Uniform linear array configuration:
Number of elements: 64
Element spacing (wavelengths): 0.5
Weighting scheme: hamming
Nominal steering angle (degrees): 45
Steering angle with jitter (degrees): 44.661
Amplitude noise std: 0.05
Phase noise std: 0.05

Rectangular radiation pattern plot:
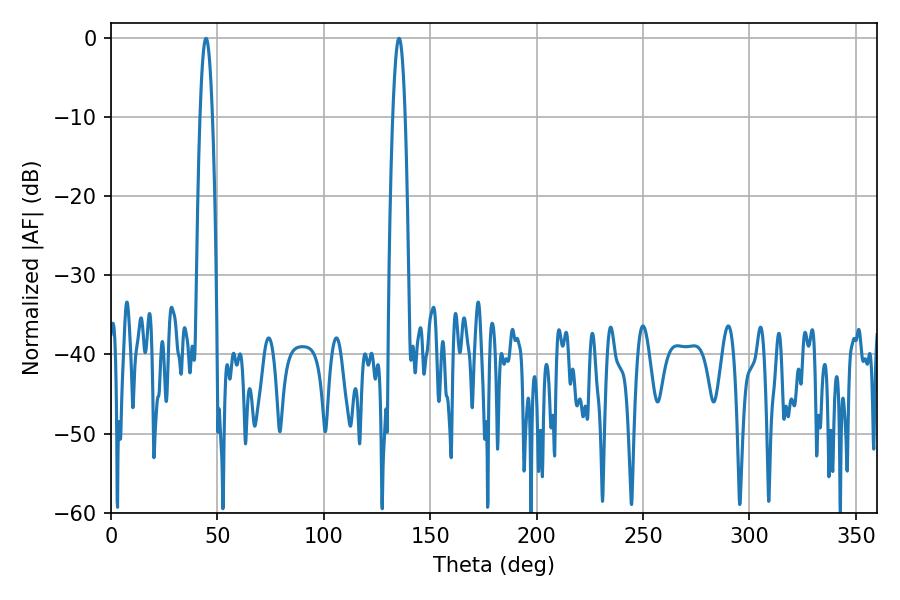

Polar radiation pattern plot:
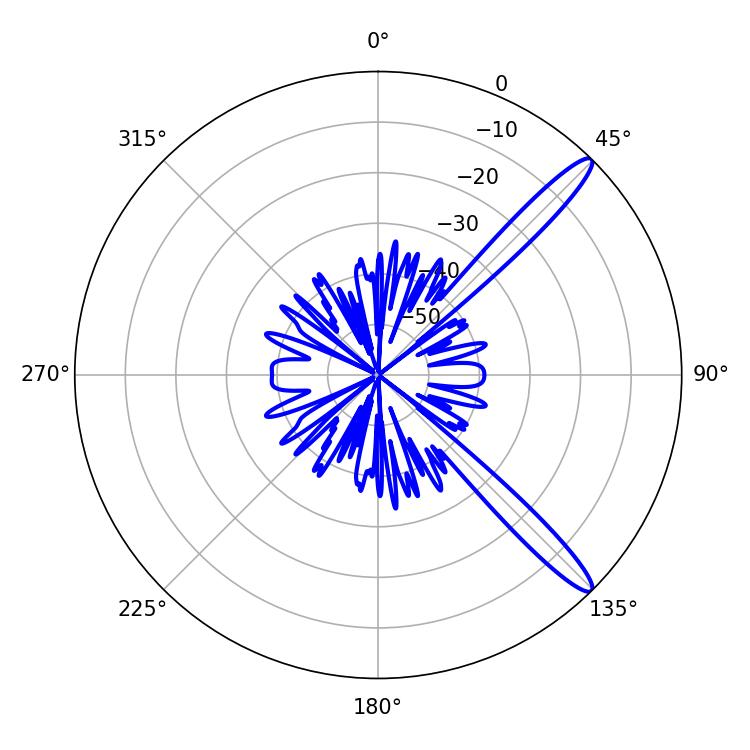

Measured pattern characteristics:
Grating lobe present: FALSE
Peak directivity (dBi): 13.683
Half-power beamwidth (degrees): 3.24
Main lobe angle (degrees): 44.64